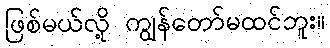
ဖြစ်မယ်လို့ ကျွန်တော်မထင်ဘူး။